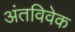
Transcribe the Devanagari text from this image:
अंतविवेक